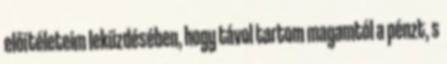
előítéleteim leküzdésében, hogy távol tartom magamtól a pénzt, s